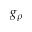
g _ { \rho }